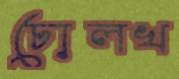
ঢোলখ